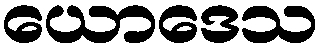
ယောဒေသ